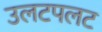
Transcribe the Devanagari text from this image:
उलटपलट